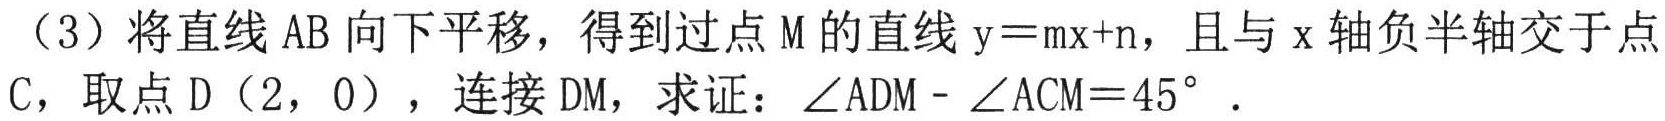
（3）将直线\(AB\)向下平移，得到过点\(M\)的直线\(y = mx + n\)，且与\(x\)轴负半轴交于点\(C\)，取点\(D(2,0)\)，连接\(DM\)，求证：\(\angle ADM-\angle ACM = 45^{\circ}\).